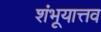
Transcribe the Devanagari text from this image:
शंभूयात्तव